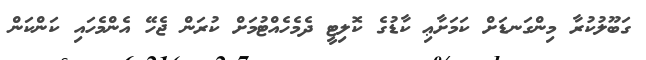
ގަބޫލުކުރާ މިންގަނޑަށް ކަމަށާޢި ކާޑުގެ ކޮލިޓީ ދެމެހެއްޓުމަށް ކުރަން ޖެހޭ އެންމެހައި ކަންކަން